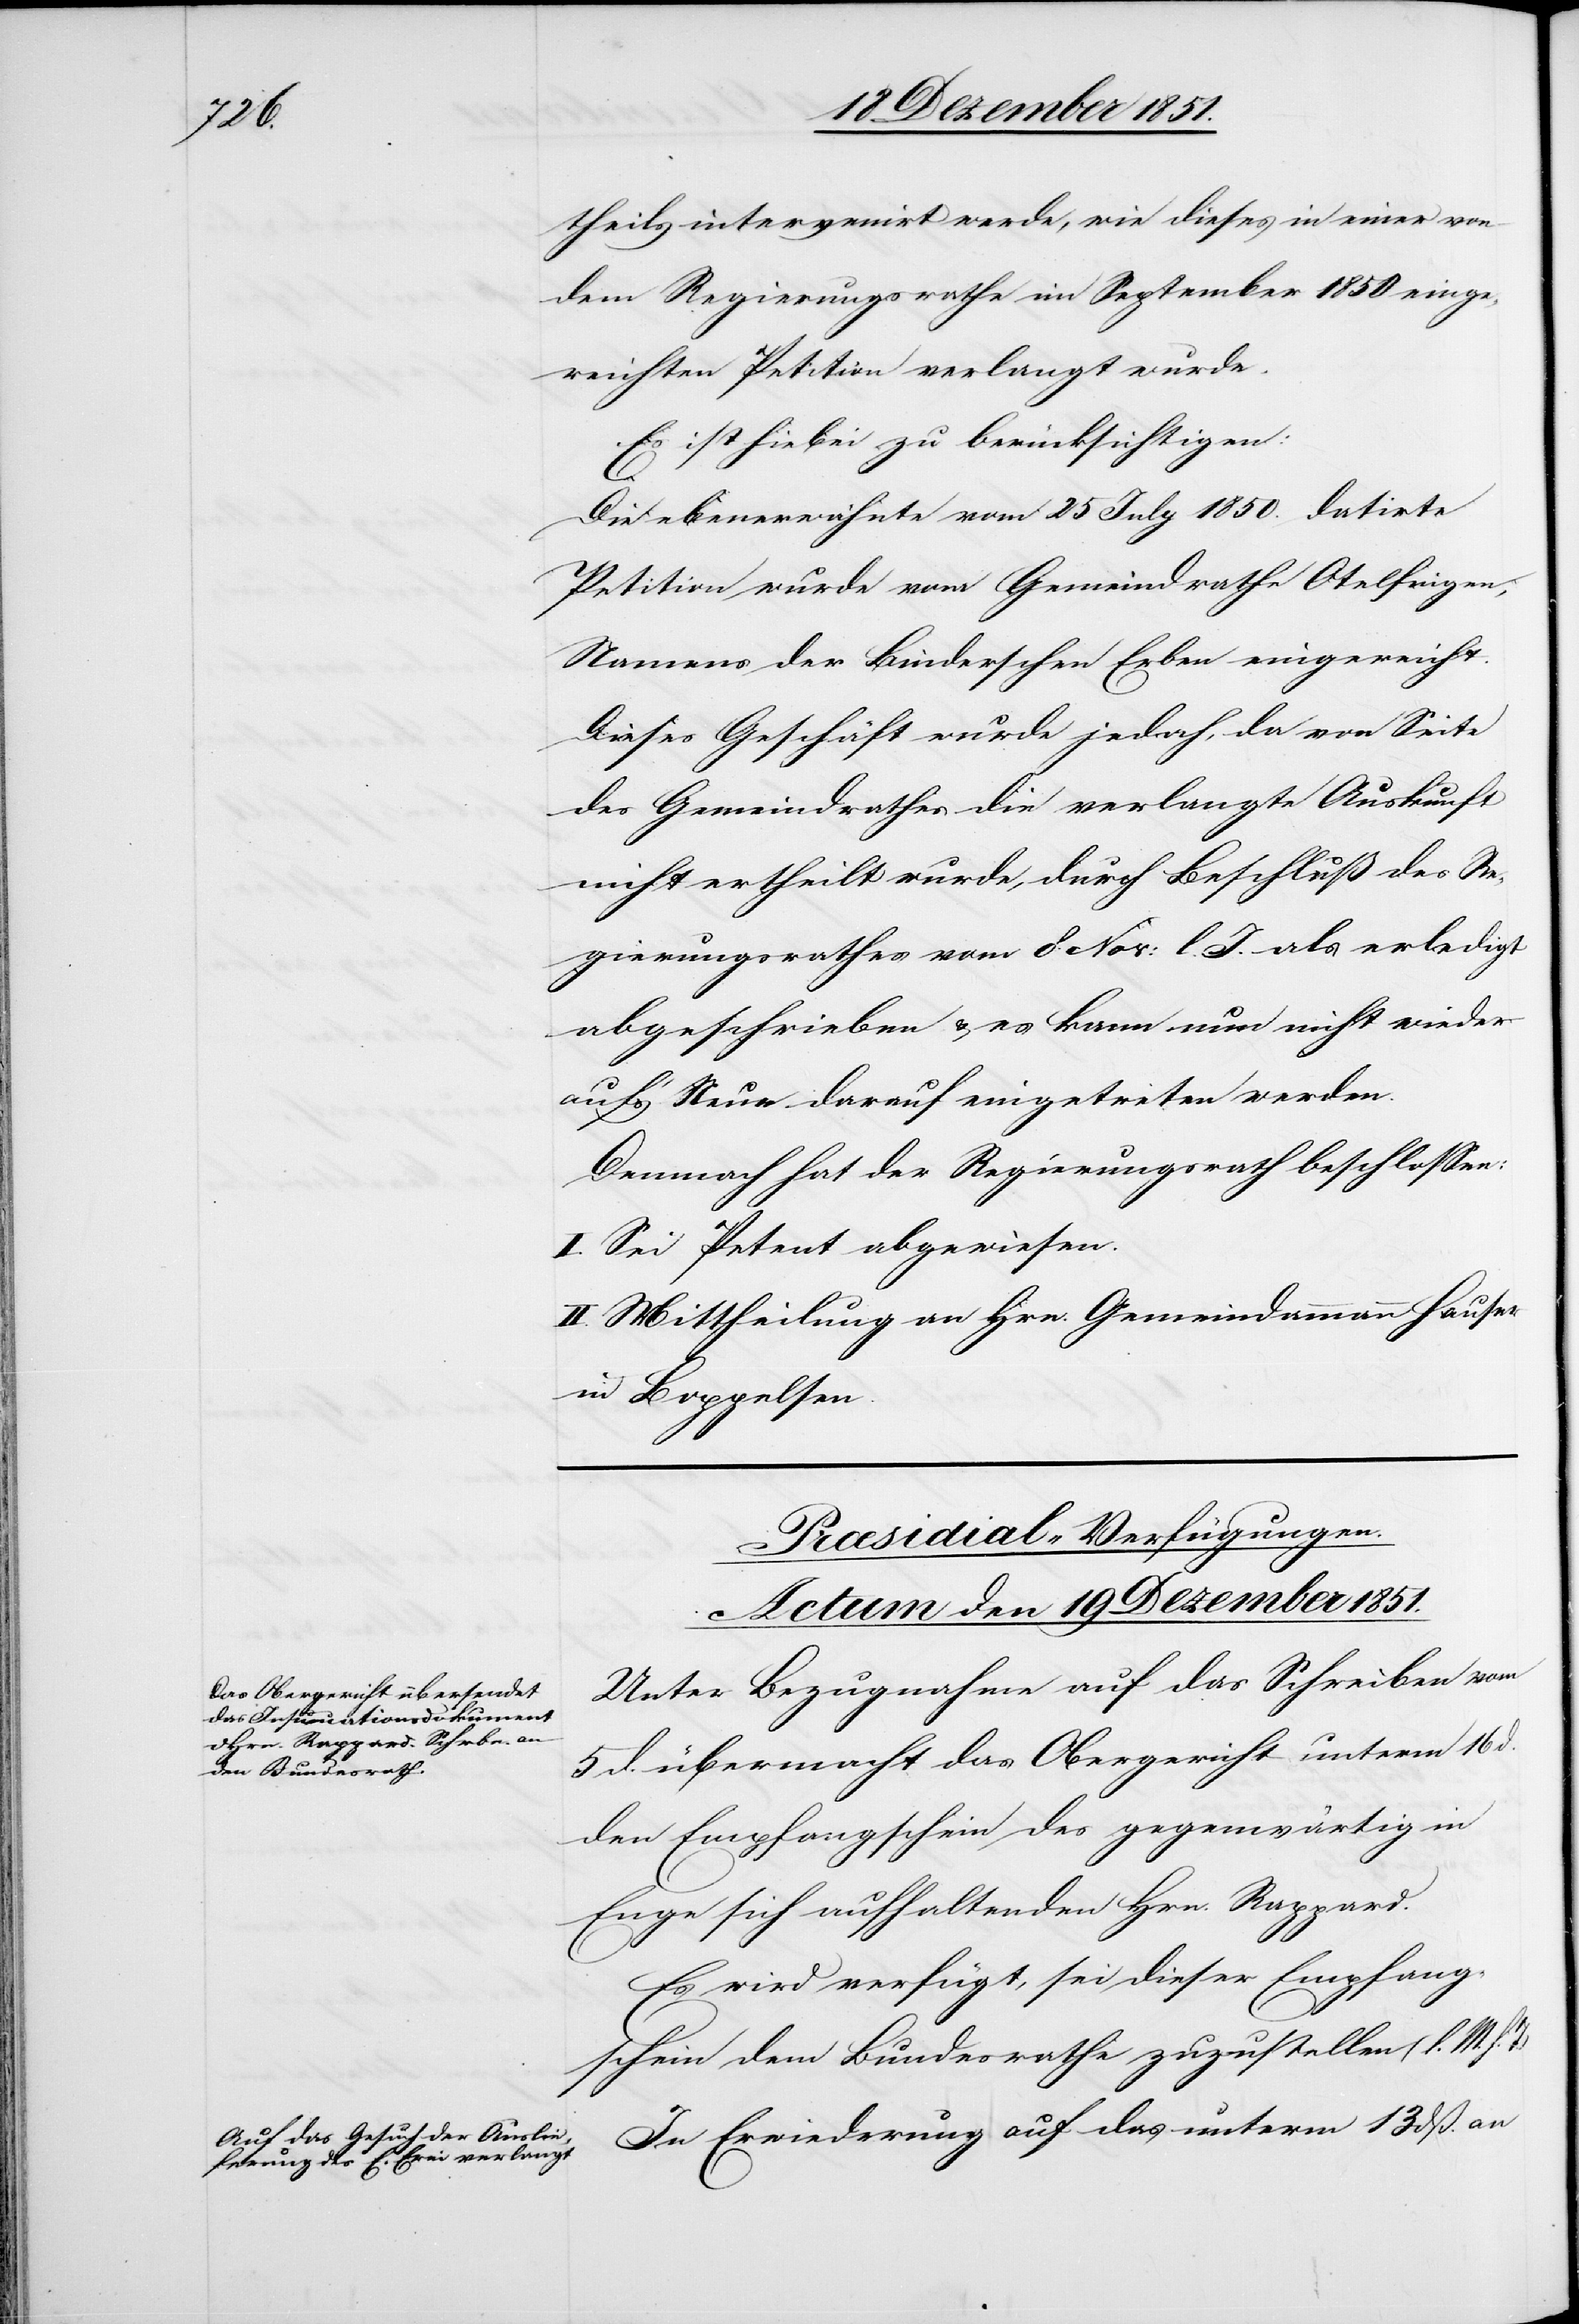
theils intervenirt werde, wie dieses in einer von
dem Regierungsrathe im September 1850 einge¬
reichten Petition verlangt wurde.
Es ist hiebei zu berücksichtigen:
h.
Die ebenerwähnte vom 25 July 1850. datirte
Petition wurde vom Gemeindrathe Otelfingen,
Namens der Binderschen Erben eingereicht.
Dieses Geschäft wurde jedoch, da von Seite
des Gemeindrathes die verlangte Auskunft
nicht ertheilt wurde, durch Beschluß des Re¬
gierungsrathes vom 8 Nov: l. J. als erledigt
abgeschrieben & es kann nun nicht wieder
auf’s Neue darauf eingetreten werden.
Demnach hat der Regierungsrath beschlossen:
I. Sei Petent abgewiesen.
II. Mittheilung an Hrn. Gemeindammann Hauser
in Boppelsen.
[Præsidial-Verfügungen.
Actum den 19 Dezember 1851.]
Unter Bezugnahme auf das Schreiben vom
5 d. übermacht das Obergericht unterm 16 d.
den Empfangschein des gegenwärtig in
Enge sich aufhaltenden Hrn. Rappard.
Es wird verfügt, sei dieser Empfang¬
schein dem Bundesrathe zuzustellen (I. M.
In Erwiederung auf das unterm 13 dß. an